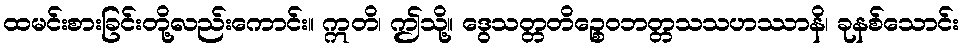
ထမင်းစားခြင်းတို့လည်းကောင်း။ ဣတိ၊ ဤသို့။ ဒွေသတ္တတိဉ္စေဝဘတ္တသသဟဿာနိ၊ ခုနစ်သောင်း